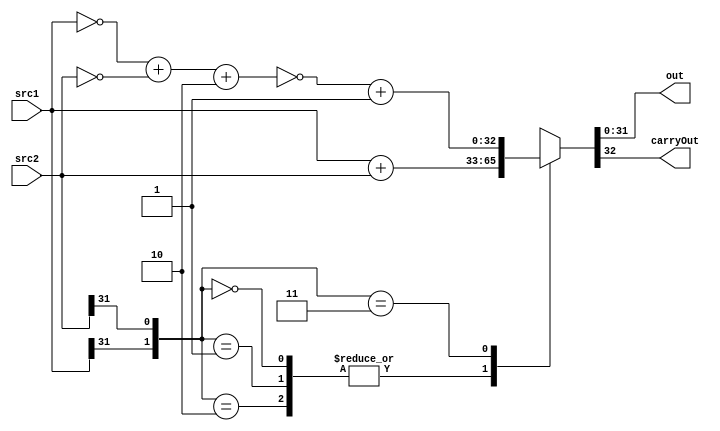
`timescale 1ns / 1ps
//////////////////////////////////////////////////////////////////////////////////
// Company: 
// Engineer: 
// 
// Design Name: 
// Module Name:    Adder 
// Project Name: 
// Target Devices: 
// Tool versions: 
// Description: 
//
// Dependencies: 
//
// Revision: 
// Revision 0.01 - File Created
// Additional Comments: 
//
//////////////////////////////////////////////////////////////////////////////////
module Adder( input [31:0] src1,src2,
				  output reg [31:0] out,
				  output reg carryOut
             );
 
 reg [31:0] temp;
 
 always @ (src1,src2)
 begin
	case({src1[31],src2[31]})
		0,1,2:{carryOut,out} = src1 + src2;
		3:{carryOut,out} = ~({~src1} + {~src2} + 2) + 1;
	endcase

 end
 
 endmodule